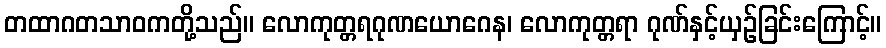
တထာဂတသာဝကတို့သည်။ လောကုတ္တရဂုဏယောဂေန၊ လောကုတ္တရာ ဂုဏ်နှင့်ယှဉ်ခြင်းကြောင့်။